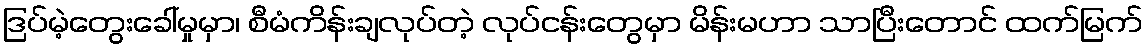
ဒြပ်မဲ့တွေးခေါ်မှုမှာ၊ စီမံကိန်းချလုပ်တဲ့ လုပ်ငန်းတွေမှာ မိန်းမဟာ သာပြီးတောင် ထက်မြက်